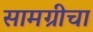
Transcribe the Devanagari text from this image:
सामग्रीचा